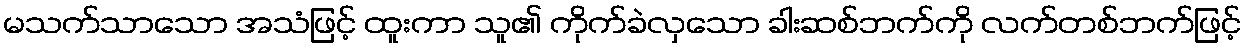
မသက်သာသော အသံဖြင့် ထူးကာ သူ၏ ကိုက်ခဲလှသော ခါးဆစ်ဘက်ကို လက်တစ်ဘက်ဖြင့်